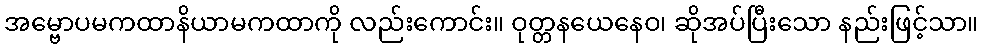
အမ္ဗောပမကထာနိယာမကထာကို လည်းကောင်း။ ဝုတ္တနယေနေဝ၊ ဆိုအပ်ပြီးသော နည်းဖြင့်သာ။